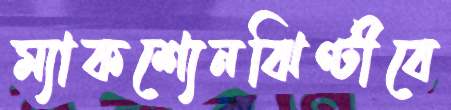
ম্যাকশ্যেনঝিণ্টীবে